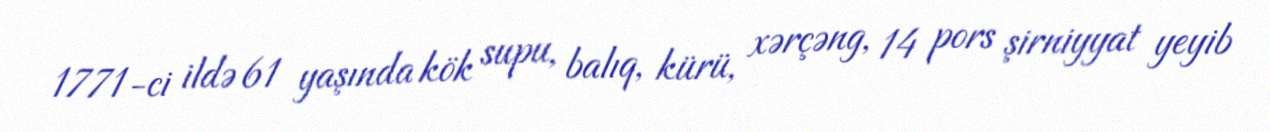
1771-ci ildə 61 yaşında kök supu, balıq, kürü, xərçəng, 14 pors şirniyyat yeyib